Report on vaccination in Madras 1877-1894 - 1877-1894
Year: 1877
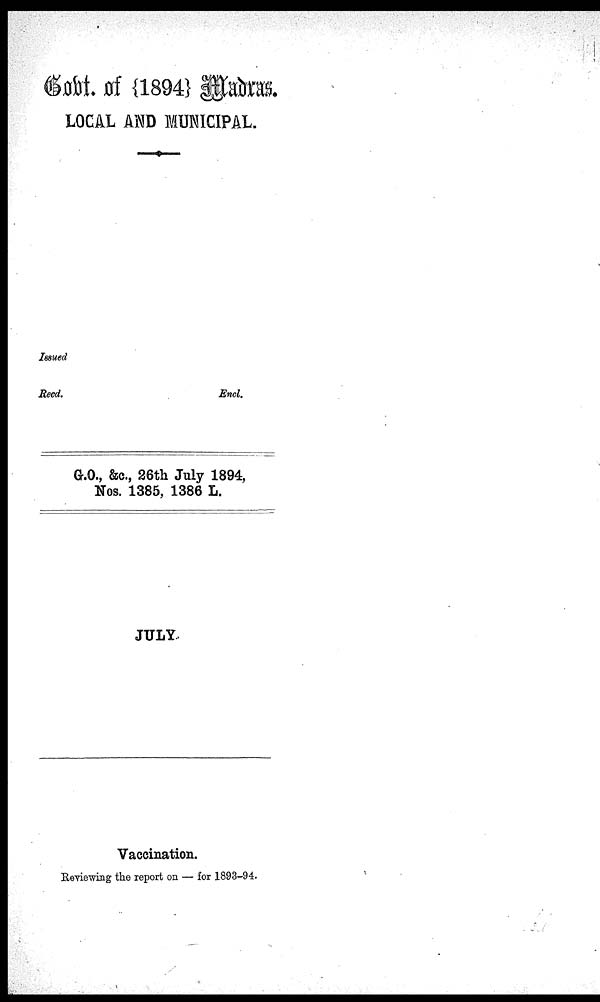
Govt. of {1894} Madras.
LOCAL AND MUNICIPAL.
Issued
Recd.
Encl.
G.O., &c., 26th July 1894,
Nos. 1385, 1386 L.
JULY.
Vaccination.
Reviewing the report on — for 1893-94.